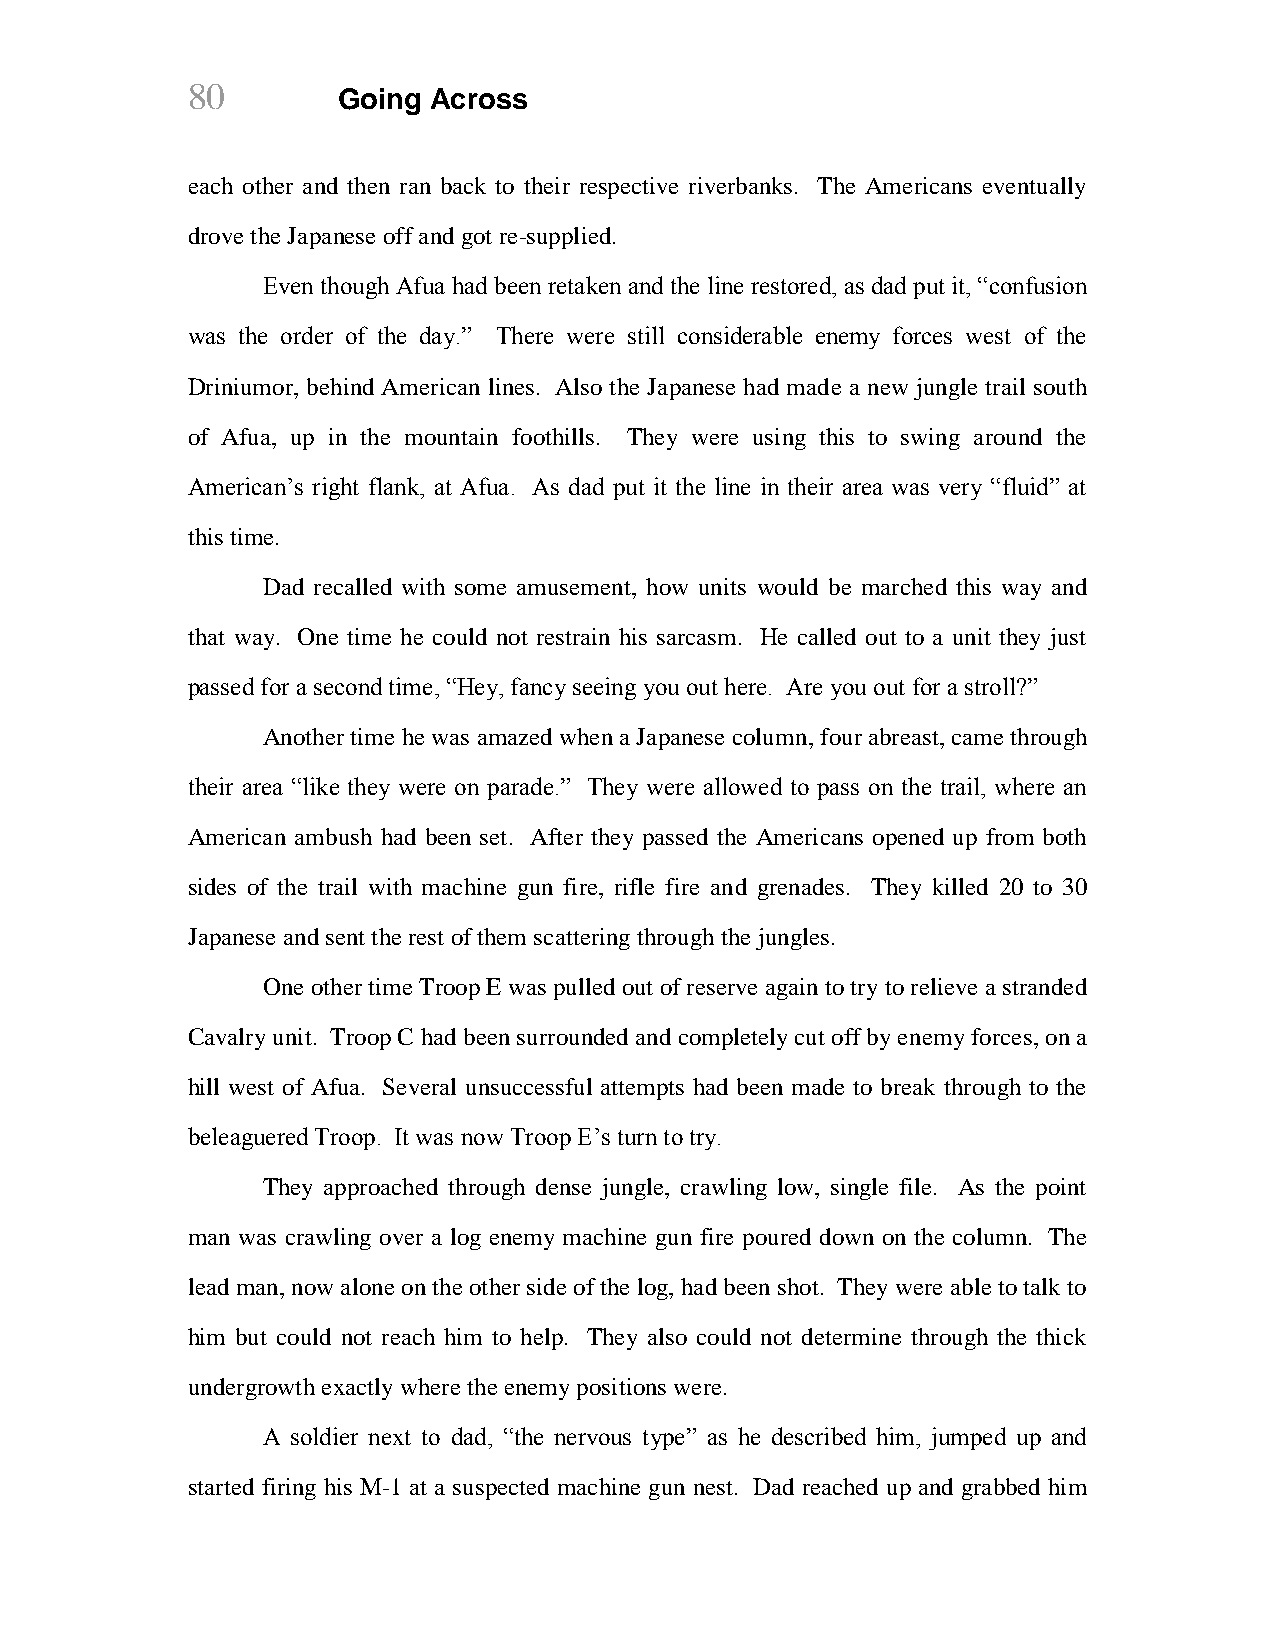
80
 Going Across
 each other and then ran back to their respective riverbanks. The Americans eventually
 drove the Japanese off and got re-supplied.
 Even though Afua had been retaken and the line restored, as dad put it, “confusion
 was the order of the day.” There were still considerable enemy forces west of the
 Driniumor, behind American lines. Also the Japanese had made a new jungle trail south
 of Afua, up in the mountain foothills. They were using this to swing around the
 American‟s right flank, at Afua. As dad put it the line in their area was very “fluid” at
 this time.
 Dad recalled with some amusement, how units would be marched this way and
 that way. One time he could not restrain his sarcasm. He called out to a unit they just
 passed for a second time, “Hey, fancy seeing you out here. Are you out for a stroll?”
 Another time he was amazed when a Japanese column, four abreast, came through
 their area “like they were on parade.” They were allowed to pass on the trail, where an
 American ambush had been set. After they passed the Americans opened up from both
 sides of the trail with machine gun fire, rifle fire and grenades. They killed 20 to 30
 Japanese and sent the rest of them scattering through the jungles.
 One other time Troop E was pulled out of reserve again to try to relieve a stranded
 Cavalry unit. Troop C had been surrounded and completely cut off by enemy forces, on a
 hill west of Afua. Several unsuccessful attempts had been made to break through to the
 beleaguered Troop. It was now Troop E‟s turn to try.
 They approached through dense jungle, crawling low, single file. As the point
 man was crawling over a log enemy machine gun fire poured down on the column. The
 lead man, now alone on the other side of the log, had been shot. They were able to talk to
 him but could not reach him to help. They also could not determine through the thick
 undergrowth exactly where the enemy positions were.
 A soldier next to dad, “the nervous type” as he described him, jumped up and
 started firing his M-1 at a suspected machine gun nest. Dad reached up and grabbed him